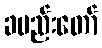
ခမည်းတော်